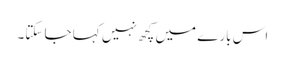
اس بارے میں کچھ نہیں کہا جا سکتا۔